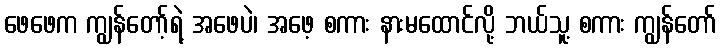
ဖေဖေက ကျွန်တော့်ရဲ့ အဖေပဲ၊ အဖေ့ စကား နားမထောင်လို့ ဘယ်သူ့ စကား ကျွန်တော်